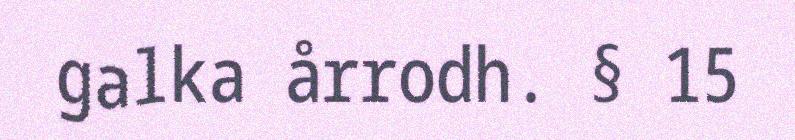
galka årrodh. § 15